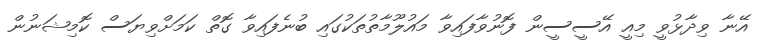
އޭނާ ވިދާޅުވީ މިއީ އޭސީސީން ފޮނުވާފައިވާ މައުލޫމާތުތަކުގައި ބުނެފައިވާ ގޮތް ކަމަށްވިޔަސް ކޮމިޝަނުން